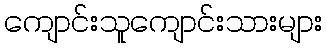
ကျောင်းသူကျောင်းသားများ